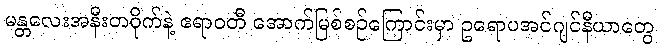
မန္တလေးအနီးတဝိုက်နဲ့ ဧရာဝတီ အောက်မြစ်စဉ်ကြောင်းမှာ ဥရောပအင်ဂျင်နီယာတွေ